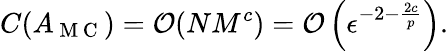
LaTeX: C(A_{\mathrm{~M~C~}})=\mathcal{O}(NM^{c})=\mathcal{O}\left(\epsilon^{-2-\frac{2c}{p}}\right).